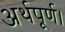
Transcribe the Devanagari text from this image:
अर्थपूर्ण।